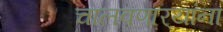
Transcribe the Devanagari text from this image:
चालवणार्‍यांना